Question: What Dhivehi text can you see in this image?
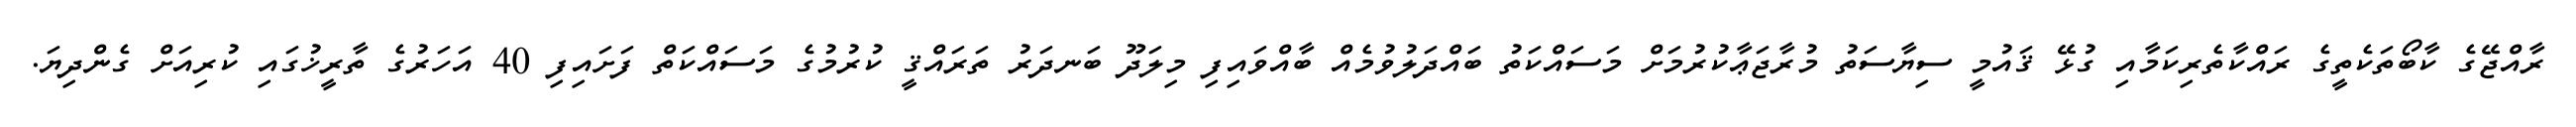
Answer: ރާއްޖޭގެ ކާބޯތަކެތީގެ ރައްކާތެރިކަމާއި ގުޅޭ ޤައުމީ ސިޔާސަތު މުރާޖަޢާކުރުމަށް މަސައްކަތު ބައްދަލުވުމެއް ބާއްވައިފި މިލަދޫ ބަނދަރު ތަރައްޤީ ކުރުމުގެ މަސައްކަތް ފަށައިފި 40 އަހަރުގެ ތާރީޚުގައި ކުރިއަށް ގެންދިޔަ.